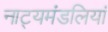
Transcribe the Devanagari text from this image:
नाट्यमंडलियां